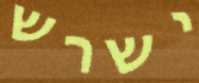
ישרש